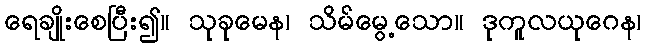
ရေချိုးစေပြီး၍။ သုခုမေန၊ သိမ်မွေ့သော။ ဒုကူလယုဂေန၊